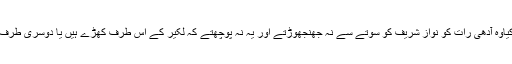
کیاوہ آدھی رات کو نواز شریف کو سوتے سے نہ جھنجھوڑتے اور یہ نہ پوچھتے کہ لکیر کے اس طرف کھڑے ہیں یا دوسری طرف۔